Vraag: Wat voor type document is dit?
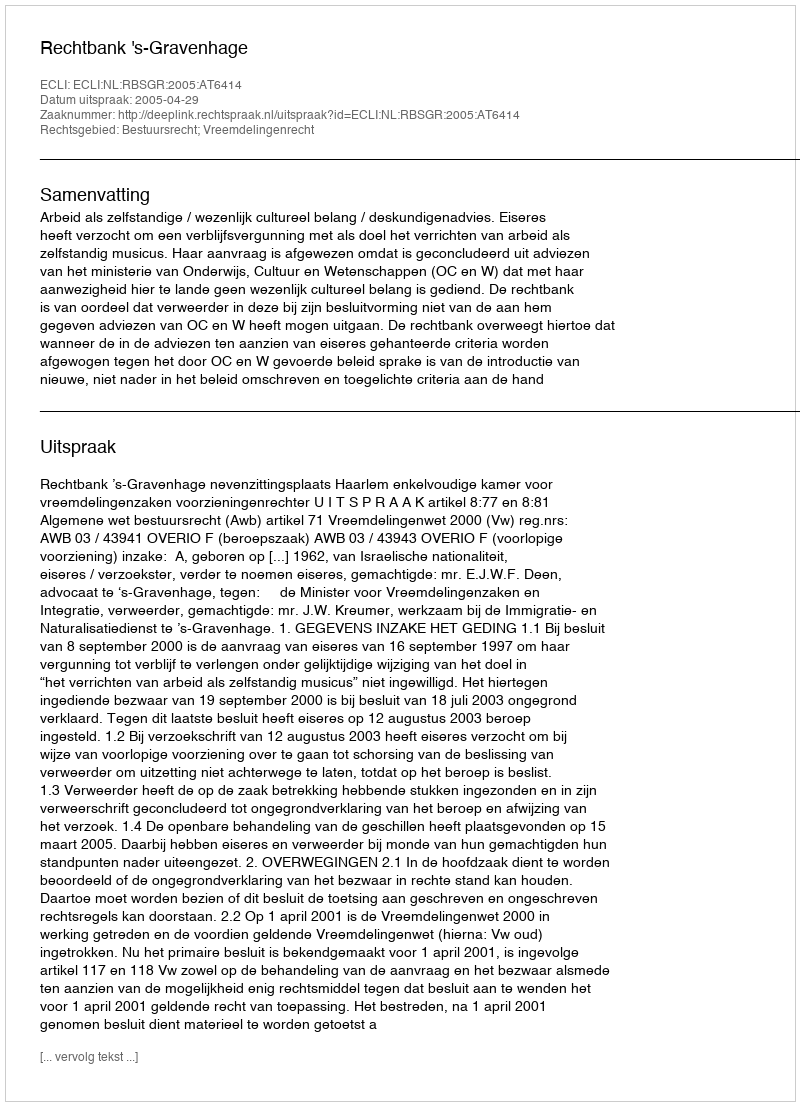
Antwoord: Uitspraak